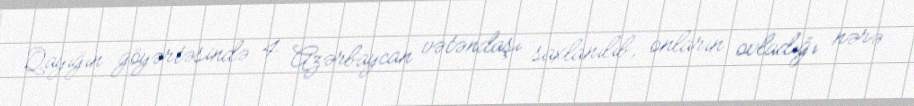
Qayığın göyərtəsində 4 Azərbaycan vətəndaşı saxlanılıb, onların ovladığı nərə